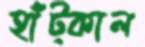
হাঁট্‌কাল